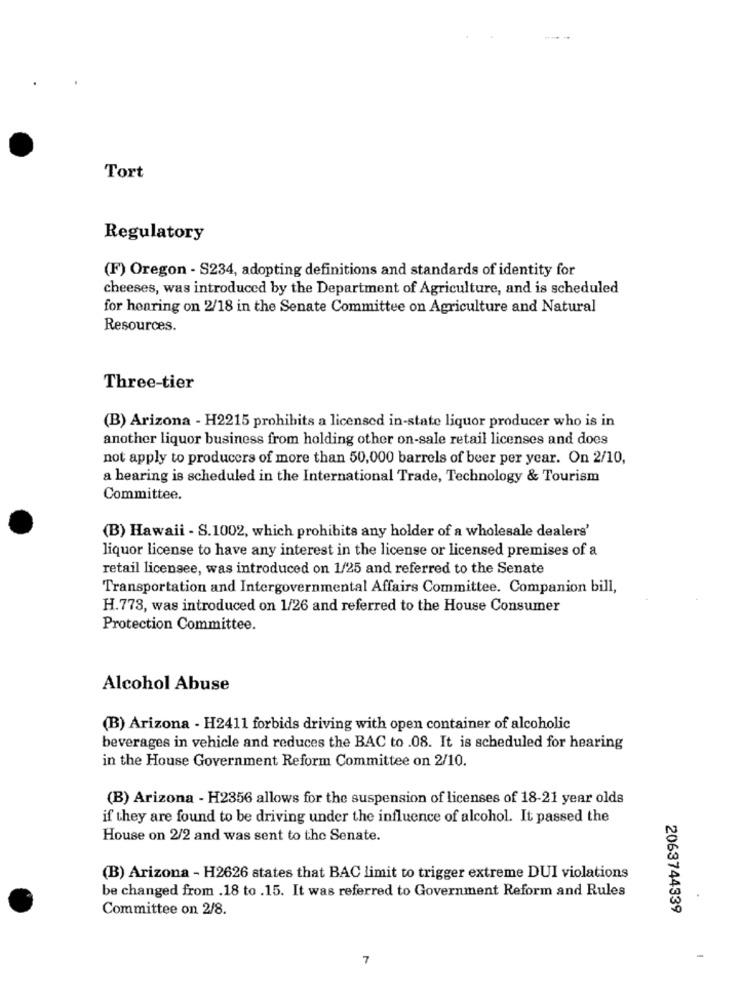
Tort
Regulatory
(F) Oregon - S234, adopting definitions and standards of identity for
cheeses, was introduced by the Department of Agriculture, and is scheduled
for hearing on 2/18 in the Senate Committee on Agriculture and Natural
Resources.
Three-tier
(B) Arizona - H2215 prohibits a licensed in-state liquor producer who is in
another liquor business from holding other on-sale retail licenses and does
not apply to producers of more than 50,000 barrels of beer per year. On 2/10,
a hearing is scheduled in the International Trade, Technology & Tourism
Committee.
(B) Hawaii - S.1002, which prohibits any holder of a wholesale dealers'
liquor license to have any interest in the license or licensed premises of a
retail licensee, was introduced on 1/25 and referred to the Senate
Transportation and Intergovernmental Affairs Committee. Companion bill,
H.773, was introduced on 1/26 and referred to the House Consumer
Protection Committee.
Alcohol Abuse
(B) Arizona - H2411 forbids driving with open container of alcoholic
beverages in vehicle and reduces the BAC to .08. It is scheduled for hearing
in the House Government Reform Committee on 2/10.
(B) Arizona - H2356 allows for the suspension of licenses of 18-21 year olds
if they are found to be driving under the influence of alcohol. It passed the
House on 2/2 and was sent to the Senate.
(B) Arizona - H2626 states that BAC limit to trigger extreme DUI violations
be changed from .18 to .15. It was referred to Government Reform and Rules
Committee on 2/8.
2063744339
7